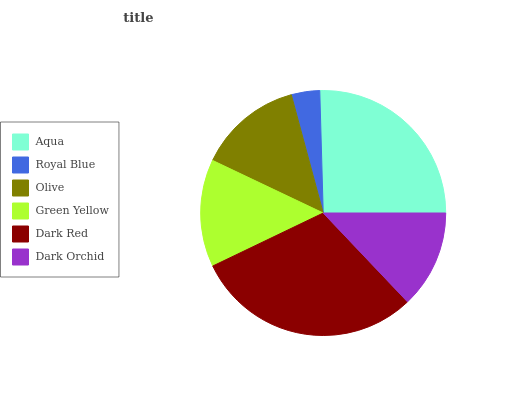
| Aqua | Royal Blue | Olive | Green Yellow | Dark Red | Dark Orchid |
 | --- | --- | --- | --- | --- | --- |
 | 25.5% | 3.74% | 13.8% | 14.2% | 29.9% | 12.9% |